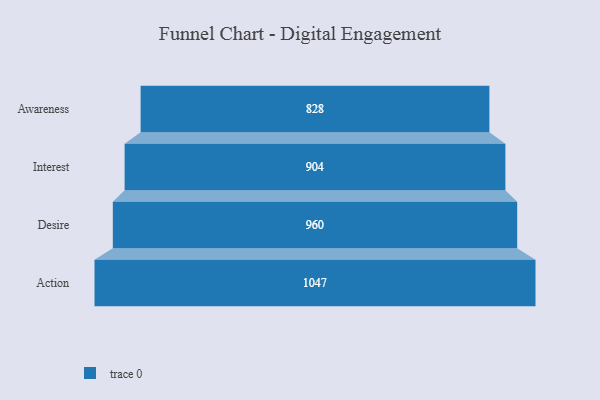
{"axis": {"x": "Stage", "y": "Value"}, "legend": [""], "data": [{"x": "Awareness", "y": 828.0, "type": ""}, {"x": "Interest", "y": 904.0, "type": ""}, {"x": "Desire", "y": 960.0, "type": ""}, {"x": "Action", "y": 1047.0, "type": ""}]}